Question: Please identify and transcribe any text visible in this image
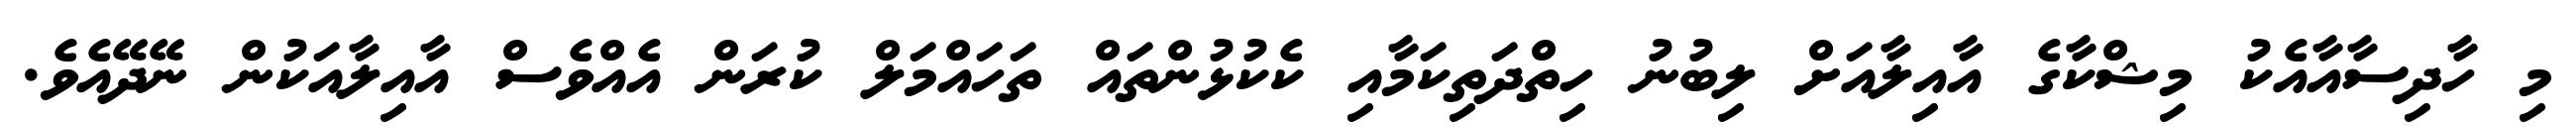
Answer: މި ހާދިސާއާއެކު މިޝްކާގެ އާއިލާއަށް ލިބުނު ހިތްދަތިކަމާއި ކެކުޅުންތައް ތަހައްމަލް ކުރަން އެއްވެސް އާއިލާއަކުން ނޭދޭއެވެ.